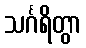
သင်္ဂရိတွာ